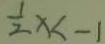
\frac { 1 } { 2 } x < - 1